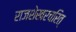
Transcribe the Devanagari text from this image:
राजशेखरचरित्